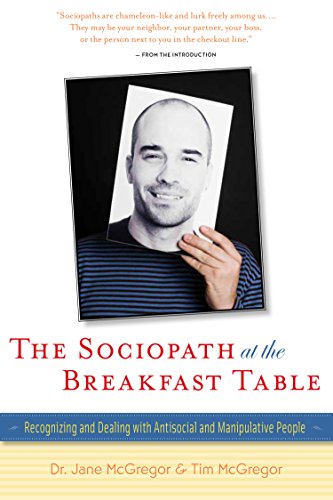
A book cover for The Sociopath at the Breakfast Table: Recognizing and Dealing With Antisocial and Manipulative People; Jane McGregor; Health, Fitness & Dieting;